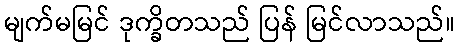
မျက်မမြင် ဒုက္ခိတသည် ပြန် မြင်လာသည်။